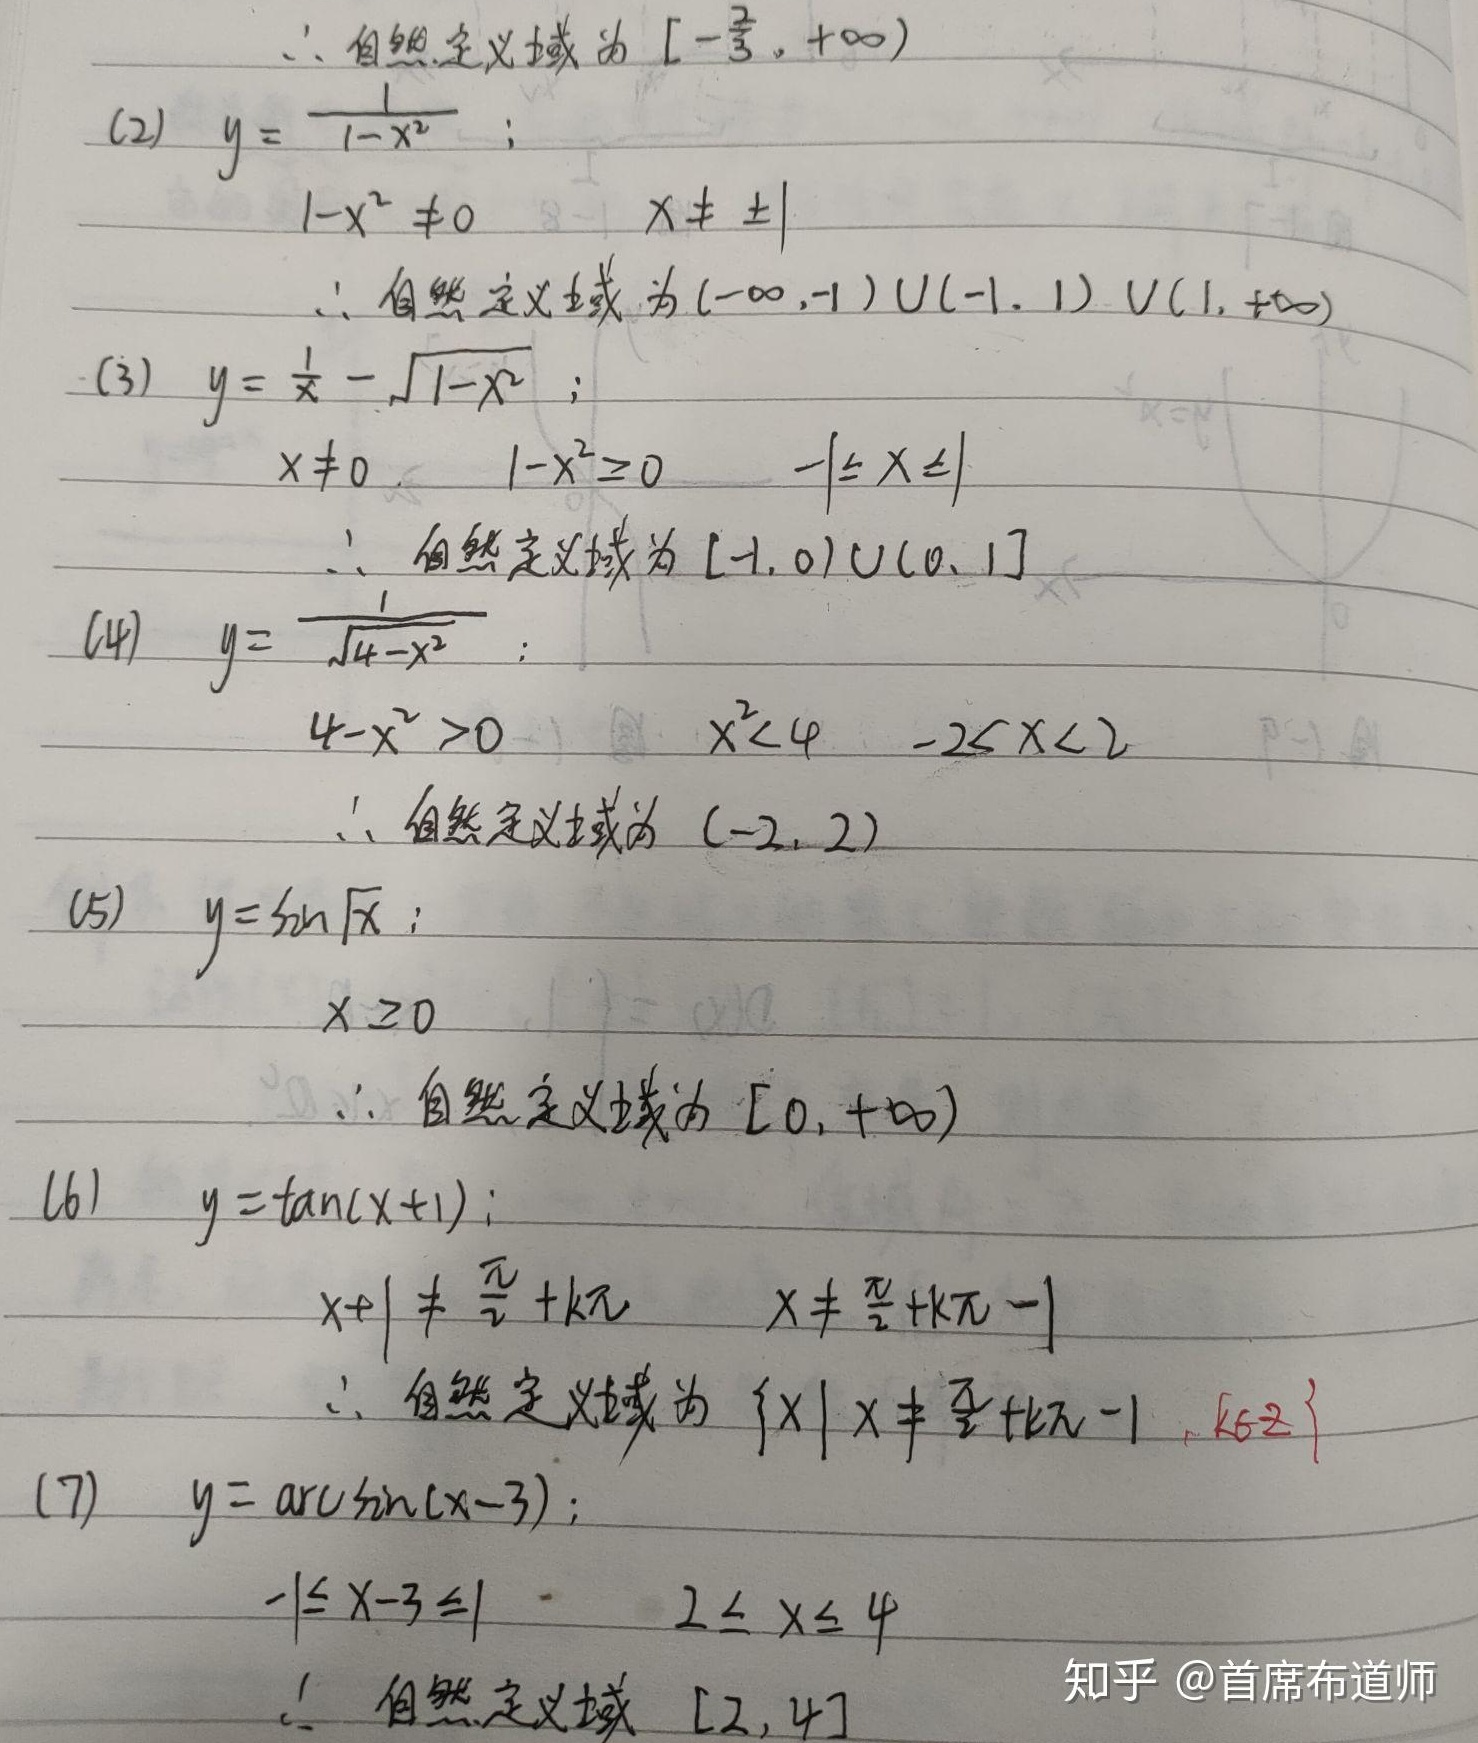
\(\therefore\)自然定义域为\(\left[-\frac{1}{3},+\infty\right)\)

(2) \(y = \frac{1}{1 - x^{2}}\)；
\(1 - x^{2} \neq 0\)，即\(x \neq \pm 1\)
\(\therefore\)自然定义域为\((-\infty,-1)\cup(-1,1)\cup(1,+\infty)\)

(3) \(y = \frac{1}{x}-\sqrt{1 - x^{2}}\)；
\(x \neq 0\)且\(1 - x^{2} \geq 0\)，即\(-1 \leq x \leq 1\)
\(\therefore\)自然定义域为\([-1,0)\cup(0,1]\)

(4) \(y = \frac{1}{\sqrt{4 - x^{2}}}\)；
\(4 - x^{2} > 0\)，即\(x^{2} < 4\)，也就是\(-2 < x < 2\)
\(\therefore\)自然定义域为\((-2,2)\)

(5) \(y = \sin\sqrt{x}\)；
\(x \geq 0\)
\(\therefore\)自然定义域为\([0,+\infty)\)

(6) \(y = \tan(x + 1)\)；
\(x + 1 \neq \frac{\pi}{2}+k\pi\)，即\(x \neq \frac{\pi}{2}+k\pi - 1\)
\(\therefore\)自然定义域为\(\{x|x \neq \frac{\pi}{2}+k\pi - 1,k \in \mathbb{Z}\}\)

(7) \(y = \arcsin(x - 3)\)；
\(-1 \leq x - 3 \leq 1\)，即\(2 \leq x \leq 4\)
\(\therefore\)自然定义域为\([2,4]\)

知乎 @首席布道师